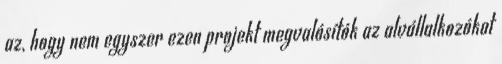
az, hogy nem egyszer ezen projekt megvalósítók az alvállalkozókat